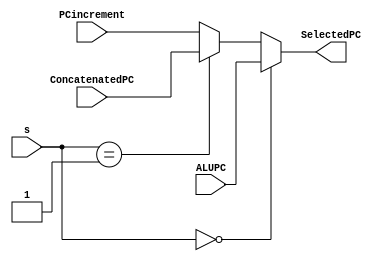
`timescale 1ns / 1ps
//////////////////////////////////////////////////////////////////////////////////
// Company: 
// Engineer: 
// 
// Design Name: 
// Module Name:    PCMux 
// Project Name: 
// Target Devices: 
// Tool versions: 
// Description: 
//
// Dependencies: 
//
// Revision: 
// Revision 0.01 - File Created
// Additional Comments: 
//
//////////////////////////////////////////////////////////////////////////////////
module PCMux(
    input [15:0] ALUPC,
    input [15:0] ConcatenatedPC,
    input [15:0] PCincrement,
    input [1:0] s,
    output reg[15:0] SelectedPC
    );

always @ (ALUPC, ConcatenatedPC, PCincrement,s) begin

	if(s == 0) begin
		SelectedPC = ALUPC;
	end else if(s == 1) begin
		SelectedPC = ConcatenatedPC;
	end else begin
		SelectedPC = PCincrement;
	end

end

endmodule